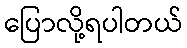
ပြောလို့ရပါတယ်